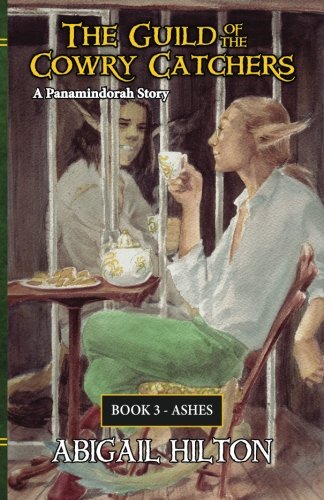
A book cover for The Guild of the Cowry Catchers, Book 3: Ashes (Volume 3); Abigail Hilton; Science Fiction & Fantasy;